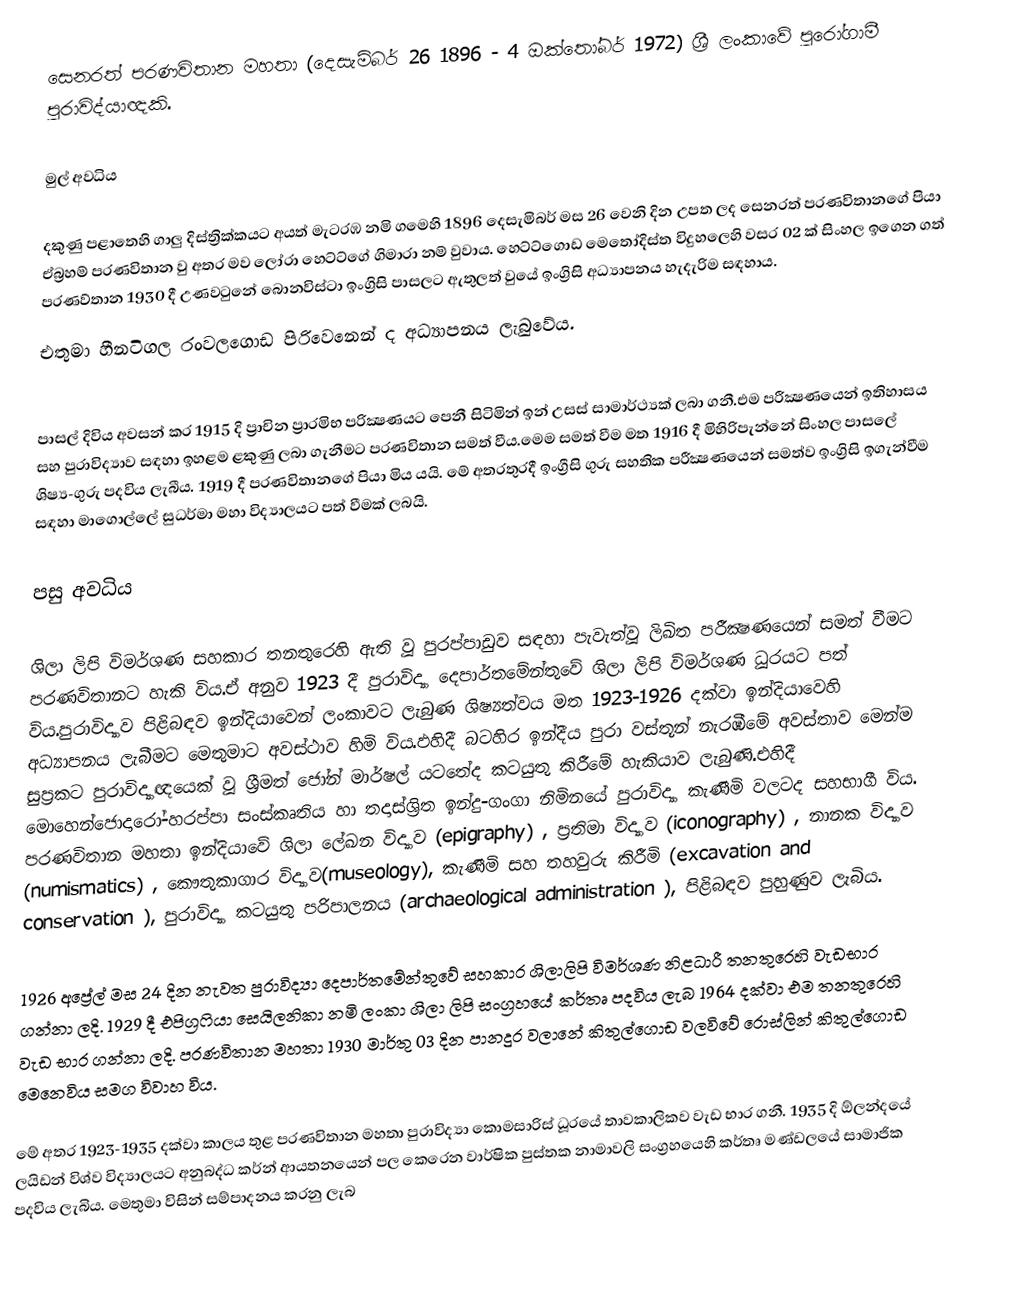
සෙනරත් පරණවිතාන මහතා (දෙසැම්බර් 26 1896 - 4 ඔක්තෝබර් 1972) ශ්‍රී ලංකාවේ පුරෝගාමී පුරාවිද්යාඥකි.

මුල් අවධිය

දකුණු පළාතෙහි ගාලු දිස්ත්‍රික්කයට අයත් මැටරඹ නමි ගමෙහි 1896 දෙසැමිබර් මස 26 වෙනි දින උපත ලද සෙනරත්  පරණවිතානගේ පියා ඒබ්‍රහම් පරණවිතාන වු අතර මව ලෝරා හෙට්ට්ගේ ගිමාරා නම් වුවාය.‍ හෙට්ට්ගොඩ මෙතෝදිස්ත විදුහලෙහි වසර 02 ක් සිංහල ඉගෙන ගත් පරණව්තාන 1930 දී උණවටුනේ බොනවිස්ටා ඉංග්‍රිසි පාසලට ඇතුලත් වුයේ ඉංග්‍රිසි අධ්‍යාපනය හැදැරිම සඳහාය.
එතුමා හීනටිගල රංවලගොඩ පිරිවෙනෙන් ද අධ්‍යාපනය ලැබුවේය.

පාසල් දිවිය අවසන් කර 1915 දි ප්‍රාචින ප්‍රාරමිභ පරික්‍ෂණයට පෙනී සිටිමින් ඉන් උසස් සාමාර්ථ්‍යක් ලබා ගනී.එම පරීක්‍ෂණයෙන් ඉතිහාසය සහ පුරාවිද්‍යාව සඳහා ඉහළම ළකුණු ලබා ගැනීමට පරණවිතාන සමත් වීය.මෙම සමත් වීම මත 1916 දී මිහිරිපැන්නේ සිංහල පාසලේ ශිෂ්‍ය-ගුරු පදවිය ලැබීය. 1919 දී පරණවිතානගේ පියා මිය යයි. මේ අතරතුරදී ඉංග්‍රීසි ගුරු සහතික පරීක්‍ෂණයෙන් සමත්ව ඉංග්‍රිසි ඉගැන්වීම සඳහා මාගොල්ලේ සුධර්මා මහා විද්‍යාලයට පත් වීමක් ලබයි.

පසු අවධිය

ශිලා ලිපි විමර්ශණ සහකාර තනතුරෙහි ඇති වූ පුරප්පාඩුව සඳහා පැවැත්වූ ලිඛිත පරීක්‍ෂණයෙන් සමත් වීමට පරණවිතානට හැකි විය.ඒ අනුව 1923 දී පුරාවිද්‍යා දෙපාර්තමේන්තුවේ ශිලා ලිපි විමර්ශණ ධූරයට පත් විය.පුරාවිද්‍යාව පිළිබඳව ඉන්දියාවෙන් ලංකාවට ලැබුණ ශිෂ්‍යත්වය මත 1923-1926 දක්වා ඉන්දියාවෙහි  අධ්‍යාපනය ලැබීමට මෙතුමාට අවස්ථාව හිමි විය.ඵහිදී බටහිර ඉන්දීය පුරා වස්තූන් නැරඹීමේ අවස්තාව මෙන්ම සුප්‍රකට පුරාවිද්‍යාඥයෙක් වූ ශ්‍රීමත් ජෝන් මාර්ෂල් යටතේද කටයුතු කිරීමේ හැකියාව ලැබුණි.එහිදී මොහෙන්ජොදාරෝ-හරප්පා සංස්කෘතිය හා තදාස්ශ්‍රිත ඉන්දු-ගංගා නිමිනයේ පුරාවිද්‍යා කැණීමි වලටද සහභාගී විය. පරණවිතාන මහතා ඉන්දියාවේ ශිලා ලේඛන විද්‍යාව (epigraphy) , ප්‍රතිමා විද්‍යාව (iconography) , නානක විද්‍යාව (numismatics) , කෞතුකාගාර විද්‍යාව(museology), කැණීමි සහ තහවුරු කිරීමි (excavation and conservation ), පුරාවිද්‍යා කටයුතු පරිපාලනය (archaeological  administration ), පිළිබඳව පුහුණුව ලැබිය.

1926 අප්‍රේල් මස 24 දින නැවත පුරාවිද්‍යා දෙපාර්තමේන්තුවේ සහකාර ශිලාලිපි විමර්ශණ නිළධාරී තනතුරෙහි වැඩභාර ගන්නා ලදි. 1929 දී  එපිග්‍රෆියා සෙයිලනිකා නමි ලංකා ශිලා ලිපි සංග්‍රහයේ කර්තෘ පදවිය ලැබ 1964 දක්වා එම තනතුරෙහි වැඩ භාර ගන්නා ලදි. පරණවිතාන මහතා 1930 මාර්තු 03 දින පානදුර වලානේ කිතුල්ගොඩ වලවිවේ රොස්ලින් කිතුල්ගොඩ මෙනෙවිය සමග විවාහ විය.

මේ අතර 1923-1935 දක්වා කාලය තුළ පරණවිතාන මහතා පුරාවිද්‍යා කොමසාරිස් ධූරයේ  තාවකාලිකව වැඩ භාර ගනී. 1935 දි ඕලන්දයේ ලයිඩන් විශ්ව විද්‍යාලයට අනුබද්ධ කර්න් ආයතනයෙන් පල කෙරෙන  වාර්ෂික පුස්තක නාමාවලි සංග්‍රහයෙහි කර්තෘ මණ්ඩලයේ සාමාජික පදවිය ලැබිය. මෙතුමා විසින් සම්පාදනය කරනු ලැබ